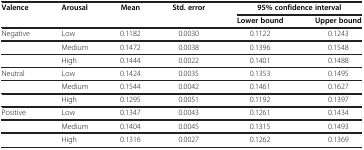
| Valence | Arousal | Mean | Std. error | <COLSPAN=2> 95% confidence interval |
 |  |  |  |  | Lower bound | Upper bound |
 | --- | --- | --- | --- | --- | --- |
 | Negative | Low | 0.1182 | 0.0030 | 0.1122 | 0.1243 |
 |  | Medium | 0.1472 | 0.0038 | 0.1396 | 0.1548 |
 |  | High | 0.1444 | 0.0022 | 0.1401 | 0.1488 |
 | Neutral | Low | 0.1424 | 0.0035 | 0.1353 | 0.1495 |
 |  | Medium | 0.1544 | 0.0042 | 0.1461 | 0.1627 |
 |  | High | 0.1295 | 0.0051 | 0.1192 | 0.1397 |
 | Positive | Low | 0.1347 | 0.0043 | 0.1261 | 0.1434 |
 |  | Medium | 0.1404 | 0.0045 | 0.1315 | 0.1493 |
 |  | High | 0.1316 | 0.0027 | 0.1262 | 0.1369 |